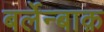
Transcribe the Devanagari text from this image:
बर्लेन्बाक़